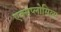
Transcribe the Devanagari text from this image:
एक्सप्लोसिव्स